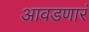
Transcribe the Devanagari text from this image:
आवडणारं